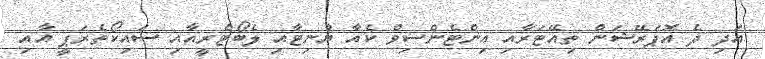
އަދި ދެ އޮޕަރޭޝަން ތިއޭޓަރާއި އިންޓެންސިވް ކެއާ ޔުނިޓާއި ލެބޯޓްރީއާއި ސައިކޯތެރަޕީ އާއި